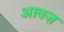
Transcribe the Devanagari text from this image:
आवज़